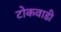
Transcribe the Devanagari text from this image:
टोकवाडी